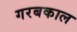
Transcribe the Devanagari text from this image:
गरबकाल